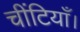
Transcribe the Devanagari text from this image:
चींटियाँ।